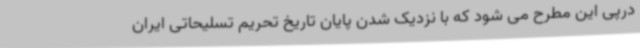
درپی این مطرح می شود که با نزدیک شدن پایان تاریخ تحریم تسلیحاتی ایران